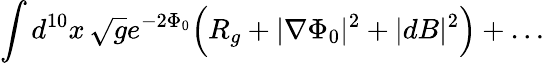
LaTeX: \int d^{10}x\, \sqrt{g}e^{-2\Phi_{0}}\Bigl(R_{g}+|\nabla\Phi_{0}|^{2}+|dB|^{2}\Bigr)+\ldots